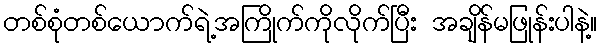
တစ်စုံတစ်ယောက်ရဲ့အကြိုက်ကိုလိုက်ပြီး အချိန်မဖြုန်းပါနဲ့။